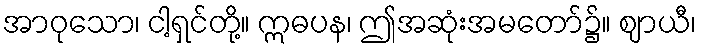
အာဝုသော၊ ငါ့ရှင်တို့။ ဣဓပန၊ ဤအဆုံးအမတော်၌။ ဈာယီ၊